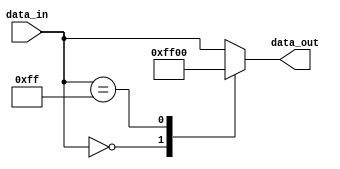
module case_statement_example(
   input wire [7:0] data_in,
   output reg [7:0] data_out
);

initial begin
   case(data_in)
      8'b00000000: data_out = 8'b11111111;
      8'b11111111: data_out = 8'b00000000;
      default: data_out = data_in;
   endcase
end

endmodule